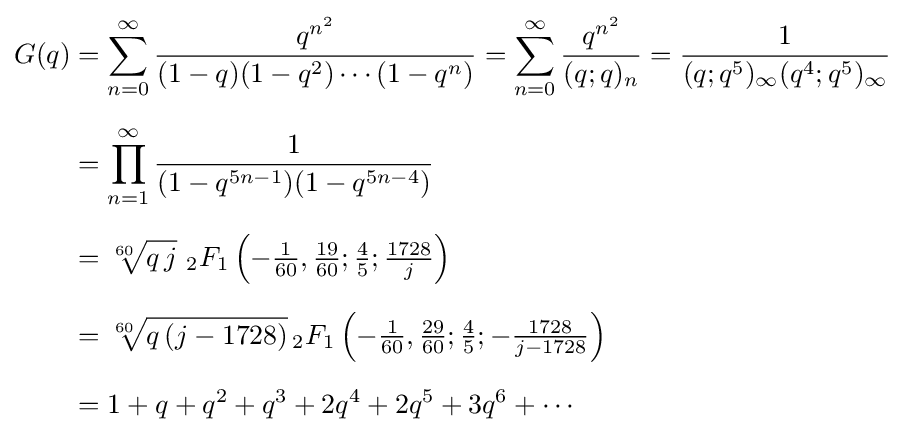
{\begin{aligned}G(q)&=\sum _{n=0}^{\infty }{\frac {q^{n^{2}}}{(1-q)(1-q^{2})\cdots (1-q^{n})}}=\sum _{n=0}^{\infty }{\frac {q^{n^{2}}}{(q;q)_{n}}}={\frac {1}{(q;q^{5})_{\infty }(q^{4};q^{5})_{\infty }}}\\[6pt]&=\prod _{n=1}^{\infty }{\frac {1}{(1-q^{5n-1})(1-q^{5n-4})}}\\[6pt]&={\sqrt[{60}]{q\,j}}\,\,_{2}F_{1}\left(-{\tfrac {1}{60}},{\tfrac {19}{60}};{\tfrac {4}{5}};{\tfrac {1728}{j}}\right)\\[6pt]&={\sqrt[{60}]{q\left(j-1728\right)}}\,_{2}F_{1}\left(-{\tfrac {1}{60}},{\tfrac {29}{60}};{\tfrac {4}{5}};-{\tfrac {1728}{j-1728}}\right)\\[6pt]&=1+q+q^{2}+q^{3}+2q^{4}+2q^{5}+3q^{6}+\cdots \end{aligned}}